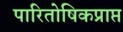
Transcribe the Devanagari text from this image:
पारितोषिकप्राप्त